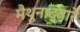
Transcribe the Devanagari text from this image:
मैथुनाद्वारे